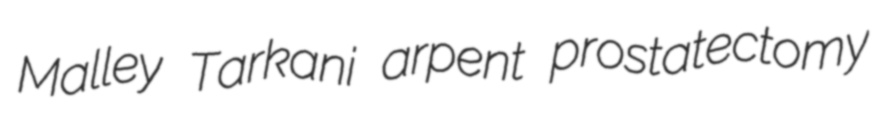
Malley Tarkani arpent prostatectomy